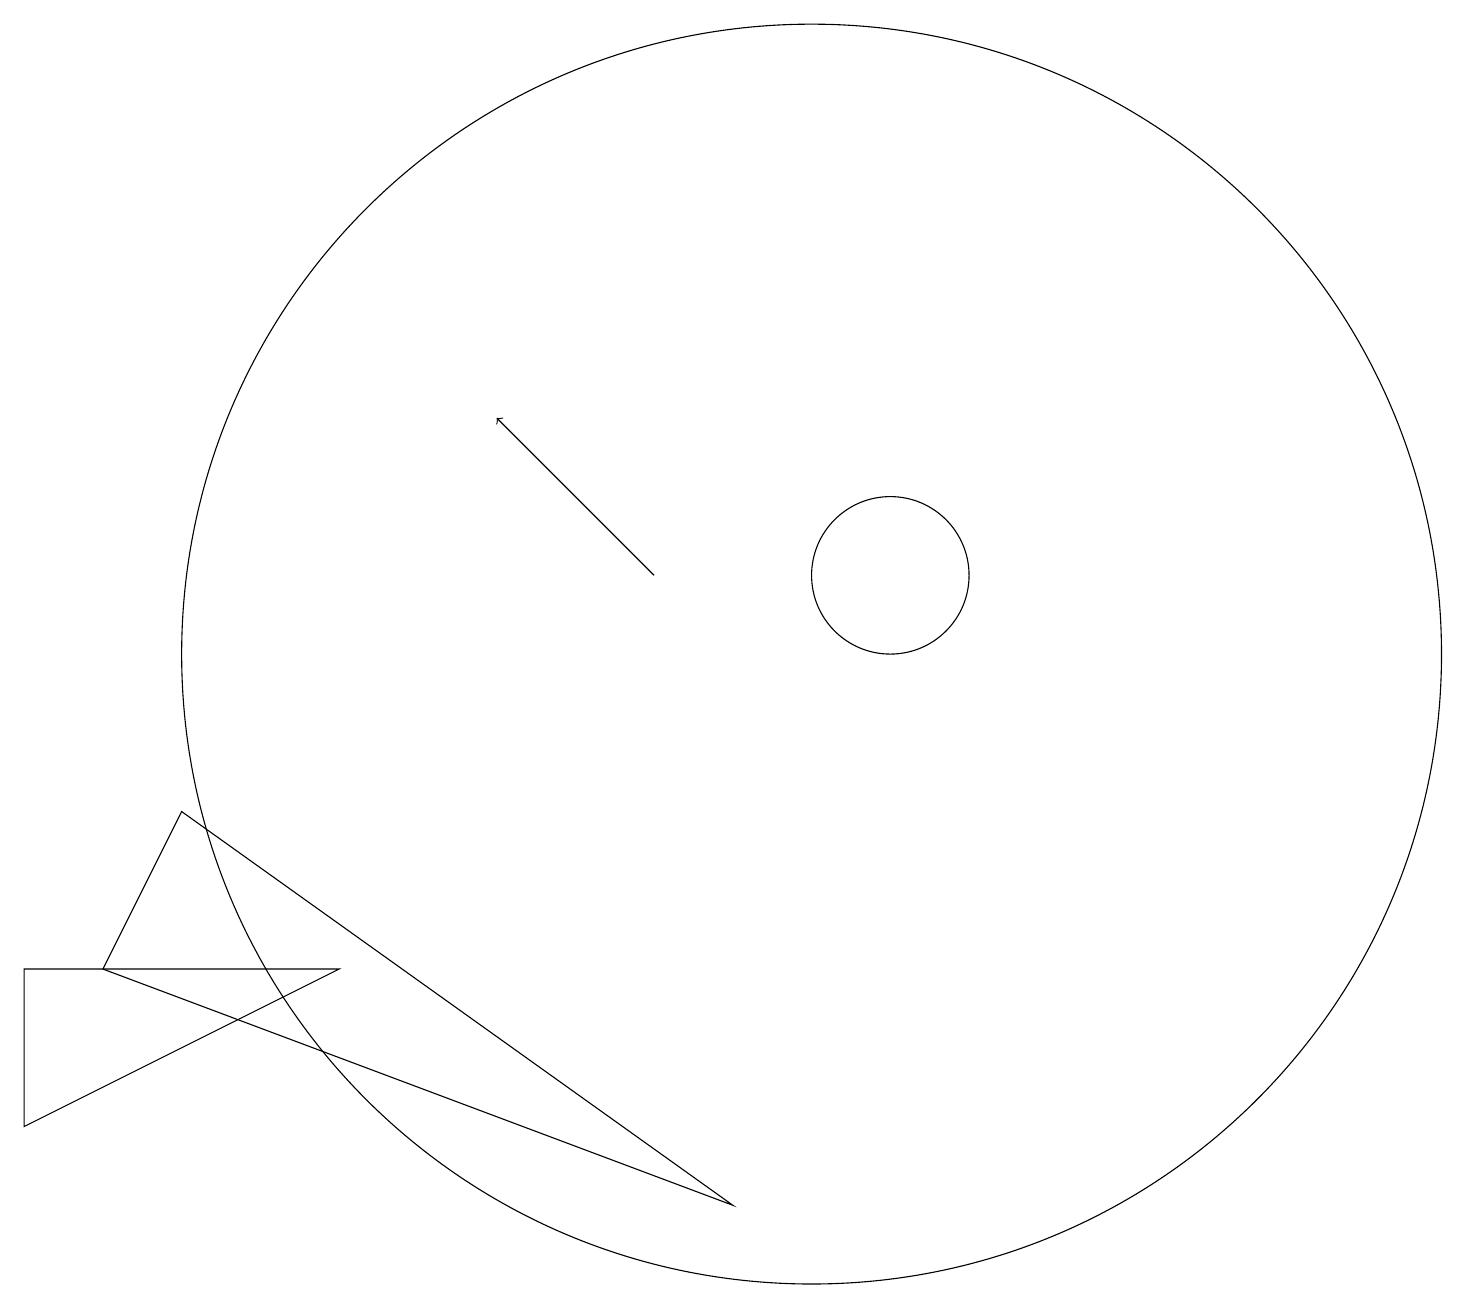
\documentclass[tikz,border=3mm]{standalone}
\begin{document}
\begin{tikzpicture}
\draw (11,11) circle (1);
\draw (9,3) -- (1,6) -- (2,8) -- cycle;
\draw[->] (8,11) -- (6,13);
\draw (10,10) circle (8);
\draw (0,6) -- (0,4) -- (4,6) -- cycle;
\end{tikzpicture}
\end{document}